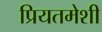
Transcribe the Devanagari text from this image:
प्रियतमेशी